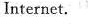
Internet.